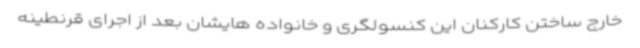
خارج ساختن کارکنان این کنسولگری و خانواده هایشان بعد از اجرای قرنطینه